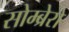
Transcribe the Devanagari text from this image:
सोम्ब्रेरो